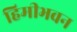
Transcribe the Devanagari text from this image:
हिमीभवन